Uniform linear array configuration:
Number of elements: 4
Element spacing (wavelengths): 0.5
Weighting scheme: blackman
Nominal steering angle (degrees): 60
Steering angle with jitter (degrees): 60.553
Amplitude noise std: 0.05
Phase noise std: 0.05

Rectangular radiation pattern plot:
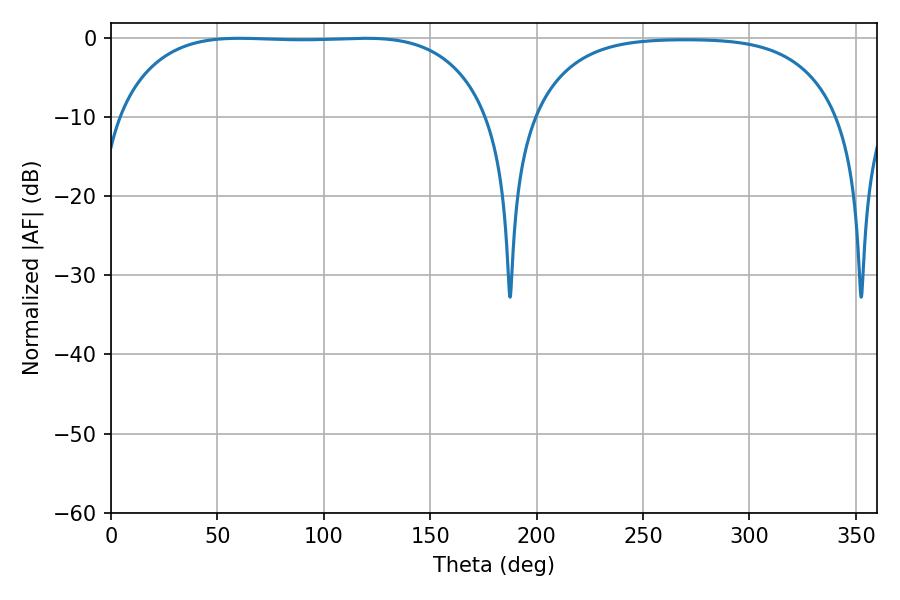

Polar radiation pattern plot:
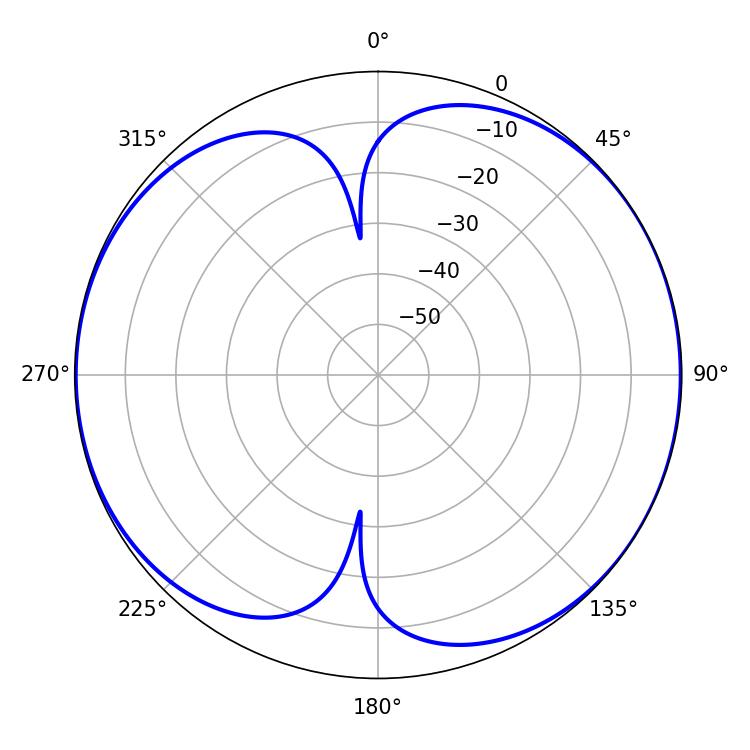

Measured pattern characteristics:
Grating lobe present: FALSE
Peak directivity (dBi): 7.494
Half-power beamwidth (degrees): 136.44
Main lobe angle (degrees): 60.48